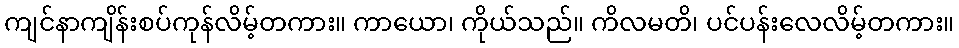
ကျင်နာကျိန်းစပ်ကုန်လိမ့်တကား။ ကာယော၊ ကိုယ်သည်။ ကိလမတိ၊ ပင်ပန်းလေလိမ့်တကား။